Civil Veterinary Department. United Provinces 1912-22 - 1912-1922
Year: 1912
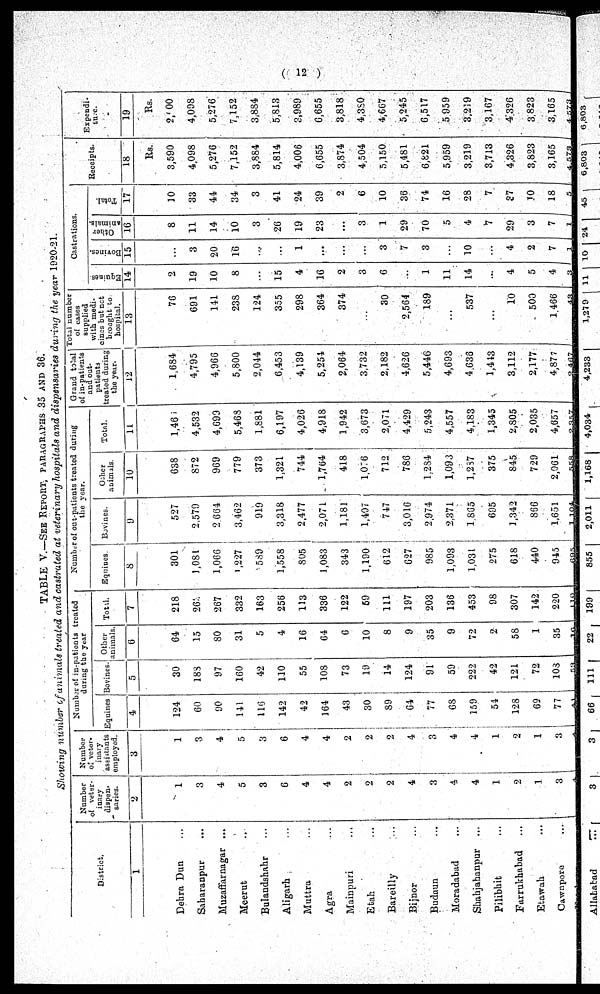
(12)
TABLE V.—SEE REPORT, PARAGRAPHS 35 AND 36.
Showing number of animale treated and castrated at veterinary hospitals and dispensaries during the year 1920-21.
District.
1
Dehra Dun ...
Saharaupur ...
Muzaffarnagar ...
Meerut ...
Bulandshahr ...
Aligarh ...
Muttra ...
Agra ...
Mainpuri ...
Etah ...
Bareilly ...
Bijnor ...
Budaun ...
Moradabad ...
Shahjahanpur
...
Pilibhit ...
Farrukhabad ...
Etawah ...
Cawnpore ...
Number
of vater-
inary
dispen-
sarins*
2
1
3
4
5
3
6
4
4
2
2
2
4
3
4
4
1
2
1
3
Number
of veter-
inary
assistants
employed.
3
1
8
4
5
3
6
4
4
2
2
2
4
3
4
4
1
2
1
3
Number of in-paticuts treated
during the year
Equines
4
124
60
90
141
116
142
42
164
43
30
Si)
C4
77
68
150
54
123
69
77
...
Bovines.
5
30
188
97
100
42
110
55
108
73
19
14
124
91
59
222
42
121
72
103
59
Other
animals.
6
64
15
80
31
5
4
16
64
6
10
8
0
35
9
72
2
58
1
35
Total.
7
218
261
267
332
163
256
113
336
122
50
111
107
203
136
453
98
307
142
220
110
Number of out-paticuts treated during
the year.
Equines
8
301
1,081
1,066
1,227
589
1,558
805
1,083
343
1,100
612
627
985
1,093
1031
275
618
440
945
897
Bovines.
9
527
2,579
2 664
3,462
919
3,318
| 2,477
2,071
1,181
1,407
747
3,016
2.974
2,371
1.865
695
1,342
866
1,651
1,104
Other
animals
10
638
872
969
770
373
1,321
744
1,764
418
1,076
712
786
1,284
1,093
1,287
375
845
720
2,061
558
Total.
11
1,461
4,532
4,693
5,463
1,881
6,107
4,026
4,918
1,942
3,673
2,071
4,429
5,243
4,557
4,183
1,345
2,805
2,035
4,657
2,327
Grand
total
of in-paticuts
and out-
patients
treated during
the
year.
12
1.684
4,705
4,966
5,800
2,044
6,453
4,139
5,254
2,064
3,732
2,182
4,626
5,446
4,693
4,636
1,443
3,112
2,177
4,876
2,467
Total number
of cases
supplied
with modi-
cines but not
brought to
hospital.
13
76
691
141
238
124
355
|
208
364
374
...
30
2,564
189
...
537
...
10
500
1,466
43
Castrations.
Equines
14
2
19
10
8
...
15
4
16
2
3
6
...
1
11
14
...
4
5
4
3
Bovines.
15
...
3
20
16
...
...
1
...
...
...
3
7
3
...
10
...
4
2
7
1
Other
animals.
16
8
11
14
10
3
26
19
23
...
3
1
29
70
5
4
7
29
3
7
1
Total.
17
10
33
44
34
3
41
24
30
2
6
10
36
74
16
28
7
27
10
18
5
Receipts.
18
Rs.
3,590
4,098
5,276
7,152
3,884
5,814
4,006
6,655
3,874
4,504
5,150
5,481
6,821
5,959
3,219
3,713
4,326
3,823
3,165 J
4,573
Expendi-
ture.
19
Rs.
2,000
4,008
5,276
7,152
3,884
5,813
3,089
6,655
3,818
4,380
4,667
5,245
6,517
5,959
3,219
3,167
4,326
3,823
3,165
4,573